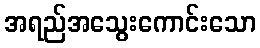
အရည်အသွေးကောင်းသော